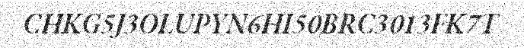
CHKG5J3OLUPYN6HI50BRC3013FK7T